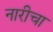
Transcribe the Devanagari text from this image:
नारीचा